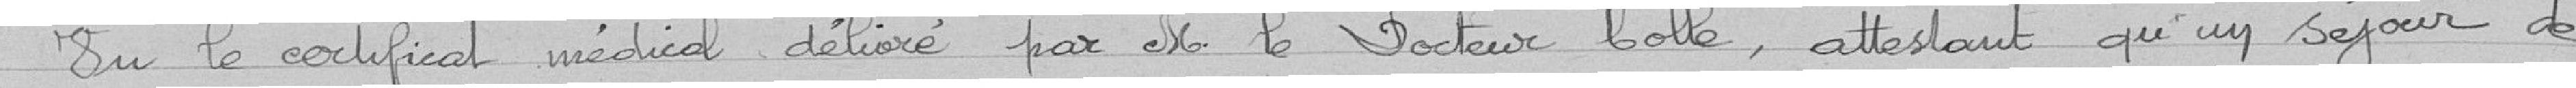
Vu le certificat médical délivré par M. le docteur Colle, attestant qu'un séjour de